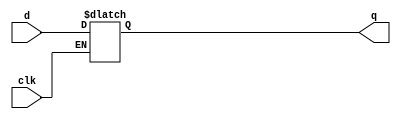
module latch(q, d, clk);

output q;
reg q;
input d, clk;

always @(clk or d)
 	if (clk)
		q <= d;
endmodule